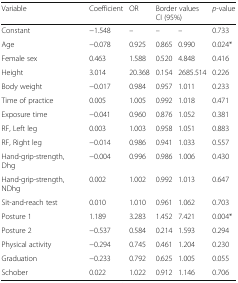
<table><thead><tr><td><b>Variable</b></td><td><b>Coefficient</b></td><td><b>OR</b></td><td colspan="2"><b>Border values CI (95%)</b></td><td><b><i>p</i>-value</b></td></tr></thead><tbody><tr><td>Constant</td><td>−1.548</td><td>–</td><td>–</td><td>–</td><td>0.733</td></tr><tr><td>Age</td><td>−0.078</td><td>0.925</td><td>0.865</td><td>0.990</td><td>0.024*</td></tr><tr><td>Female sex</td><td>0.463</td><td>1.588</td><td>0.520</td><td>4.848</td><td>0.416</td></tr><tr><td>Height</td><td>3.014</td><td>20.368</td><td>0.154</td><td>2685.514</td><td>0.226</td></tr><tr><td>Body weight</td><td>−0.017</td><td>0.984</td><td>0.957</td><td>1.011</td><td>0.233</td></tr><tr><td>Time of practice</td><td>0.005</td><td>1.005</td><td>0.992</td><td>1.018</td><td>0.471</td></tr><tr><td>Exposure time</td><td>−0.041</td><td>0.960</td><td>0.876</td><td>1.052</td><td>0.381</td></tr><tr><td>RF, Left leg</td><td>0.003</td><td>1.003</td><td>0.958</td><td>1.051</td><td>0.883</td></tr><tr><td>RF, Right leg</td><td>−0.014</td><td>0.986</td><td>0.941</td><td>1.033</td><td>0.557</td></tr><tr><td>Hand-grip-strength, Dhg</td><td>−0.004</td><td>0.996</td><td>0.986</td><td>1.006</td><td>0.430</td></tr><tr><td>Hand-grip-strength, NDhg</td><td>0.002</td><td>1.002</td><td>0.992</td><td>1.013</td><td>0.647</td></tr><tr><td>Sit-and-reach test</td><td>0.010</td><td>1.010</td><td>0.961</td><td>1.062</td><td>0.703</td></tr><tr><td>Posture 1</td><td>1.189</td><td>3.283</td><td>1.452</td><td>7.421</td><td>0.004*</td></tr><tr><td>Posture 2</td><td>−0.537</td><td>0.584</td><td>0.214</td><td>1.593</td><td>0.294</td></tr><tr><td>Physical activity</td><td>−0.294</td><td>0.745</td><td>0.461</td><td>1.204</td><td>0.230</td></tr><tr><td>Graduation</td><td>−0.233</td><td>0.792</td><td>0.625</td><td>1.005</td><td>0.055</td></tr><tr><td>Schober</td><td>0.022</td><td>1.022</td><td>0.912</td><td>1.146</td><td>0.706</td></tr></tbody></table>